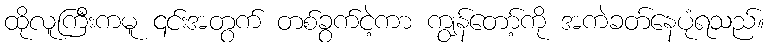
ထိုလူကြီးကမူ ၎င်းအတွက် တစ်ခွက်ငဲ့ကာ ကျွန်တော့်ကို အကဲခတ်နေပုံရသည်။